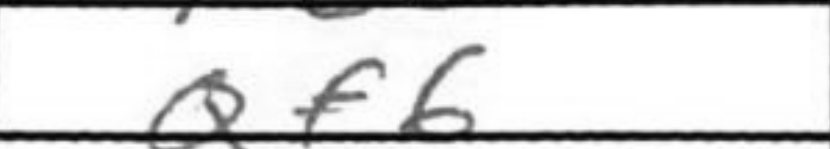
Transcription: Qf6